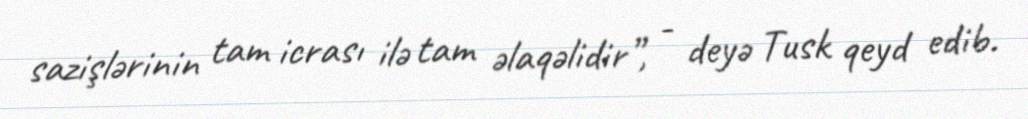
sazişlərinin tam icrası ilə tam əlaqəlidir”, - deyə Tusk qeyd edib.